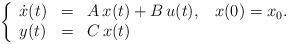
LaTeX: \begin{align*}\left\{ \begin{array}{lcl} \dot x(t) &=& A\,x(t)+B\,u(t), \;\;\; x(0)=x_0. \\ y(t) &=& C\,x(t) \end{array} \right .\end{align*}